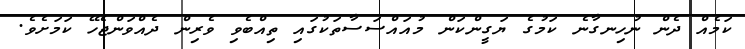
ކަމެއް ދެން ނުހިނގާނެ ކަމުގެ ޔަގީންކަން މުއައްސަސާތަކުގައި ތިއްބެވި ވެރިން ދެއްވަންޖެހޭ ކަމަށެވެ.